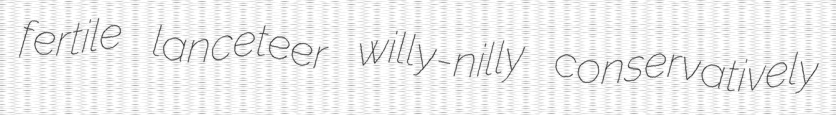
fertile lanceteer willy-nilly conservatively